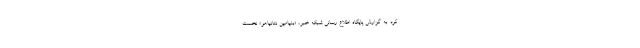
کرد. به گزارش پایگاه اطلاع رسانی شبکه خبر، «بنیامین نتانیاهو» نخست